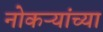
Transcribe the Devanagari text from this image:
नोकऱ्यांच्या